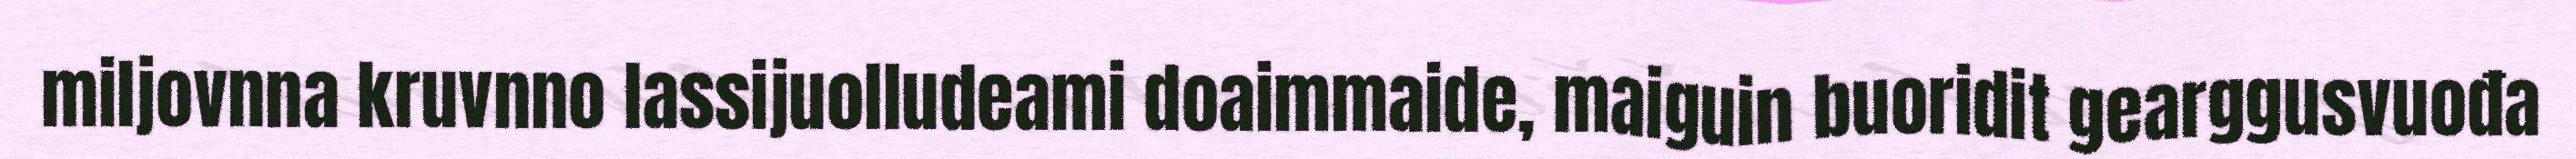
miljovnna kruvnno lassijuolludeami doaimmaide, maiguin buoridit gearggusvuođa